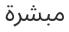
مبشرة